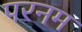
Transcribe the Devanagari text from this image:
परनम